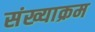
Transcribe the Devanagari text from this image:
संख्याक्रम